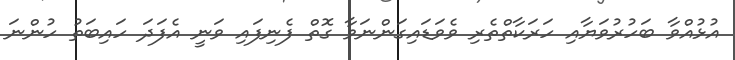
އުޅުއްވާ ބަހުރުވަޔާއި ހަރަކާތްތެރި ވެވަޑައިގަންނަވާ ގޮތް ފެނިފައި ވަނީ އެފަދަ ހައިބަތު ހުންނަ